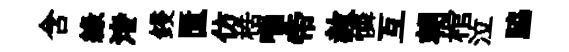
含綠渚鋟匱仿梏喘帝赦憐互朝棺泣脇